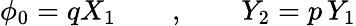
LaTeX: \phi_{0}=qX_{1}\qquad,\qquad Y_{2}=p\, Y_{1}